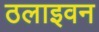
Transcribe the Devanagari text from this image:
ठलाइवन